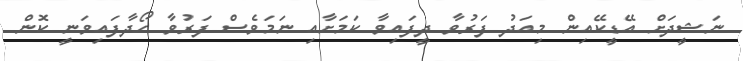
ނަޝީދަށް އޭޑީކޭއިން މިއަދު ފަރުވާ ދީފައިވާ ކަމަށާއި ނަމަވެސް ފަރުވާ ހޯދާފައިވަނީ ކޮން